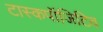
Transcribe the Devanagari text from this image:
टास्कपॉजिटिव